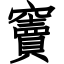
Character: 竇